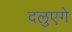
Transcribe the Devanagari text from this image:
दलुएगे